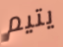
يتيم